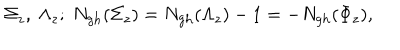
\Sigma _ { z } , \ \Lambda _ { z } ; \ N _ { \mathrm { g h } } ( \Sigma _ { z } ) = N _ { \mathrm { g h } } ( \Lambda _ { z } ) - 1 = - N _ { \mathrm { g h } } ( \Phi _ { z } ) ,